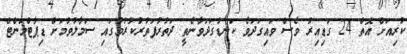
ކުރިއަށް އޮތް 24 ގަޑިއިރު ވެސް ވައިގަދަވެ ކަނޑުގަދަވާނެތީ ދަތުރުފަތުރުކުރުމުގައި ސަމާލުވުމަށް ޑިޕާޓްމަންޓް